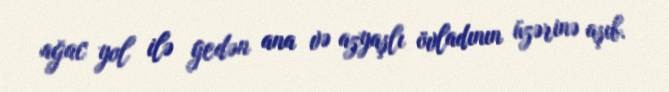
ağac yol ilə gedən ana və azyaşlı övladının üzərinə aşıb.